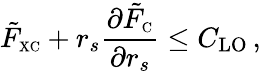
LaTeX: \tilde{F}_{\scriptscriptstyle\mathrm{XC}}+r_{s}\frac{\partial\tilde{F}_{\scriptscriptstyle\mathrm{C}}}{\partial r_{s}}\leq C_{\mathrm{LO}}\, ,